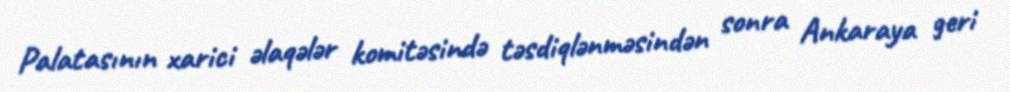
Palatasının xarici əlaqələr komitəsində təsdiqlənməsindən sonra Ankaraya geri